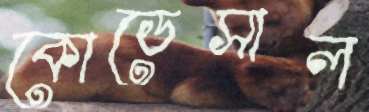
কোডেসাল